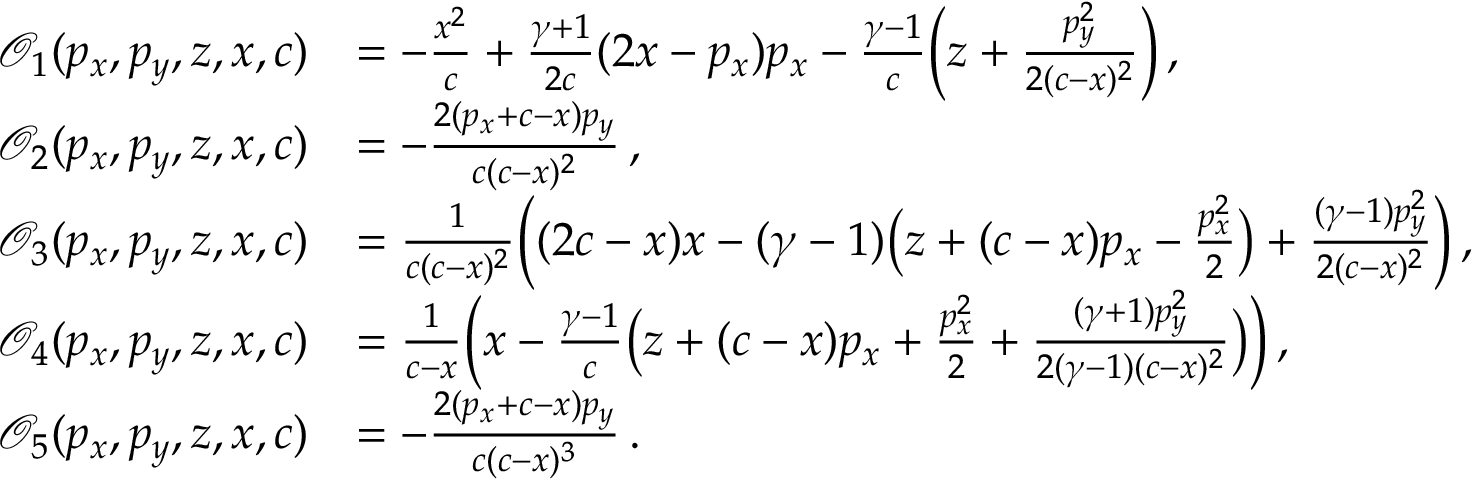
\begin{array} { r l } { \mathcal { O } _ { 1 } ( p _ { x } , p _ { y } , z , x , c ) } & { = - \frac { x ^ { 2 } } { c } + \frac { \gamma + 1 } { 2 c } ( 2 x - p _ { x } ) p _ { x } - \frac { \gamma - 1 } { c } \Big ( z + \frac { p _ { y } ^ { 2 } } { 2 ( c - x ) ^ { 2 } } \Big ) \, , } \\ { \mathcal { O } _ { 2 } ( p _ { x } , p _ { y } , z , x , c ) } & { = - \frac { 2 ( p _ { x } + c - x ) p _ { y } } { c ( c - x ) ^ { 2 } } \, , } \\ { \mathcal { O } _ { 3 } ( p _ { x } , p _ { y } , z , x , c ) } & { = \frac { 1 } { c ( c - x ) ^ { 2 } } \Big ( ( 2 c - x ) x - ( \gamma - 1 ) \big ( z + ( c - x ) p _ { x } - \frac { p _ { x } ^ { 2 } } { 2 } \big ) + \frac { ( \gamma - 1 ) p _ { y } ^ { 2 } } { 2 ( c - x ) ^ { 2 } } \Big ) \, , } \\ { \mathcal { O } _ { 4 } ( p _ { x } , p _ { y } , z , x , c ) } & { = \frac { 1 } { c - x } \Big ( x - \frac { \gamma - 1 } { c } \big ( z + ( c - x ) p _ { x } + \frac { p _ { x } ^ { 2 } } { 2 } + \frac { ( \gamma + 1 ) p _ { y } ^ { 2 } } { 2 ( \gamma - 1 ) ( c - x ) ^ { 2 } } \big ) \Big ) \, , } \\ { \mathcal { O } _ { 5 } ( p _ { x } , p _ { y } , z , x , c ) } & { = - \frac { 2 ( p _ { x } + c - x ) p _ { y } } { c ( c - x ) ^ { 3 } } \, . } \end{array}